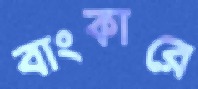
বাংকারে